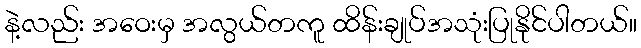
နဲ့လည်း အဝေးမှ အလွယ်တကူ ထိန်းချုပ်အသုံးပြုနိုင်ပါတယ်။